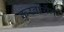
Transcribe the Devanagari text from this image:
करवायेंगे